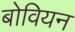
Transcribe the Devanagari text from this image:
बोवियन